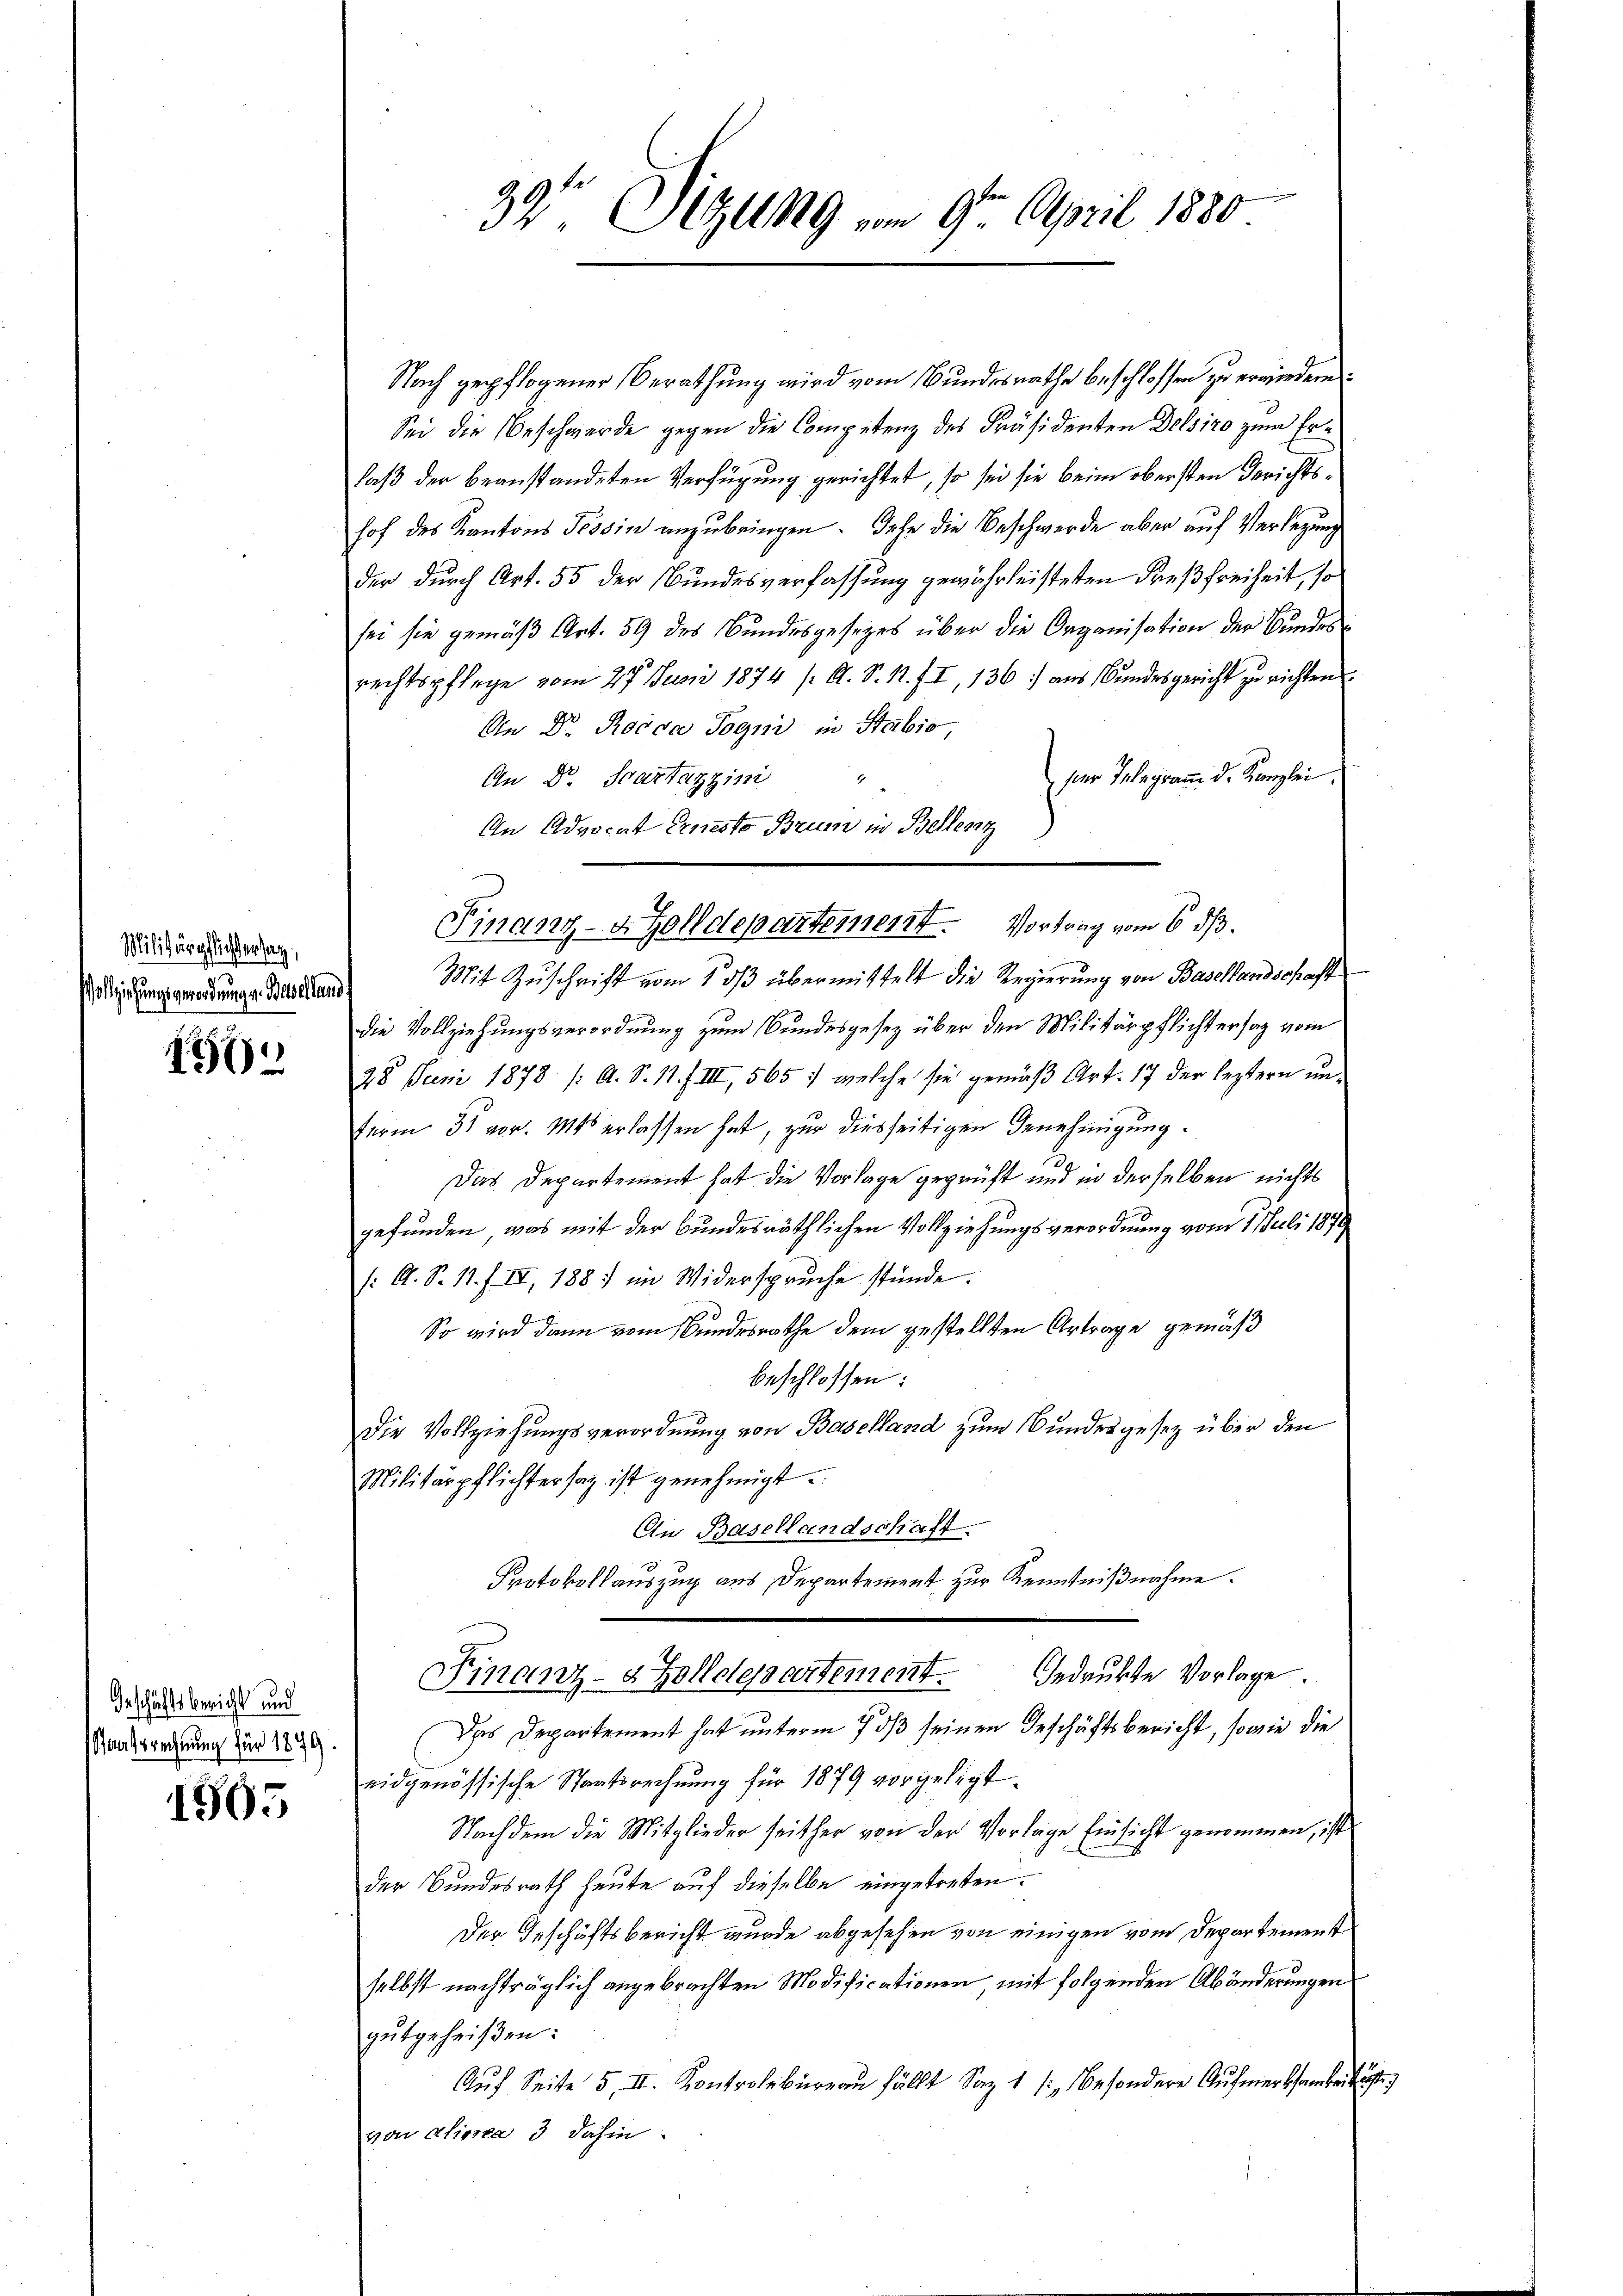
Militärpflichter sag
Vollziehungsgerordnungen Baselland

186

Geschäftsbericht und
Staatsrechnung für 1899.

1905

Nach gepflogener Berathung wird vom Bundesrathe beschlossen zu erwiederen.
Sei die Beschwerde gegen die Competenz des Präsidenten Delsiro zum Erlaß der beanstandeten Verfügung gerichtet, so sei sie beim obersten Gerichtshof des Kantons Tessin anzubringen. Sehe die Beschwerde aber auf Verlegung
der durch Art. 55 der Bundesverfassung gewährleisteten Preßfreiheit, so
sei sie gemäß Art. 59 des Bundesgesezes über die Organisation der Bundesrechtspflege vom 27. Juni 1874 /A. S. 1. II, 136) aus Bundesgericht zu richten
An Dr. Rosca Sogni in Stabio,
ser Telegramm d. Kanzlei.
An Dr. Scartazzini
An Advocat Ernesto Brum in Bellenz
Mit Zuschrift vom 1. ds übermittelt die Regierung von Basellandschaft
die Vollziehungsverordnung zum Bundesgesetz über den Militärpflichtersag vom
28 Juni 1878 /: A. S. 11. f. III, 565 : welche sie gemäß Art. 17 der leztern un¬
Ferm 31 vor. Mts erlassen hat, zur diesseitigen Genehmigung.
Das Departement hat die Vorlage geprüft und in derselben nichts
gefunden, was mit der bundesräthlichen Vollziehungsverordnung vom 1. Juli 1879
/: A. S. 11. f. II, 1881 im Widerspruche stünde.

So wird dann vom Bundesrathe dem gestellten Artrage gemäß
beschlossen:
Die Vollziehungsverordnung von Baselland zum Bundesgesetz über den
Militärpflichtersag ist genehmigt.
An Basellandschaft.
Protokollauszug aus Departement zur Kenntnißnahme.
Gedruckte Vorlage.
Finanz- & Zolldepartement
Das Departement hat unterm 7. ds seinen Geschäftsbericht, sowie die
eidgenössische Staatsrechnung für 1879 vorgelegt.
Nachdem die Mitglieder seither von der Vorlage Einsicht genomenen, ist
der Bundesrath heute auf dieselbe eingetreten.
Der Geschäftsbericht wurde abgesehen von einigen vom Departement
selbst nachträglich angebrachten Modificationen mit folgenden Abänderungen
gutgeheißen:
Auf Seite 5, II. Kontrolbureau fällt Saz 1 /: besondere Aufmerksamkeitig
von alierea 3 dahin

39te Sitzung vom 9ten April 1880

Finanz-Zolldepartement. Vortrag vom 6. ds.

)